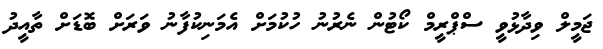
ޖަމީލް ވިދާޅުވީ ސްޕްރީމް ކޯޓުން ނެރުނު ހުކުމަށް އެމަނިކުފާނު ވަރަށް ބޮޑަށް ތާއީދު